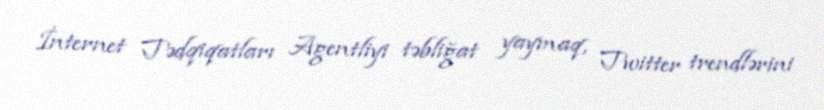
İnternet Tədqiqatları Agentliyi təbliğat yaymaq, Twitter trendlərini